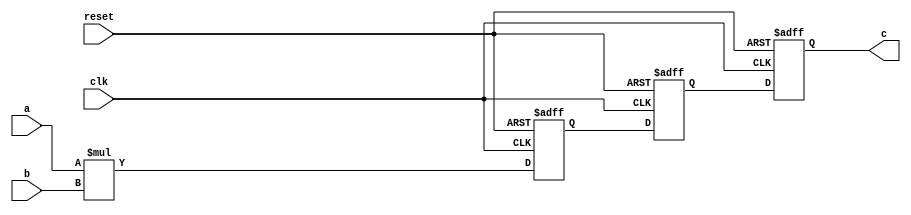
module check_reg_retime (input clk , input [3:0] a, input [3:0] b , output [7:0] c , input reset);

wire [7:0] mult;
assign mult = a * b;
reg [7:0] q1;
reg [7:0] q2;
reg [7:0] q3;




always @ (posedge clk , posedge reset)
begin
	if(reset)
	begin
		q1 <= 8'b0;
		q2 <= 8'b0;
		q3 <= 8'b0;
	end
	else
	begin
		q1 <= mult;
		q2 <= q1;
		q3 <= q2;
	end
end
assign c = q3;

endmodule